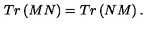
T r \left( M N \right) = T r \left( N M \right) .